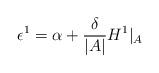
LaTeX: \begin{align*}\epsilon^1 = \alpha + \frac{\delta}{|A|} H^1|_{A} \end{align*}